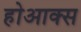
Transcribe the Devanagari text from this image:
होआक्स